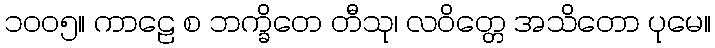
၁၀၀၅။ ကာဠေ စ ဘက္ခိတေ တီသု၊ လဝိတ္တေ အသိတော ပုမေ။